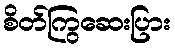
စိတ်ကြွဆေးပြား